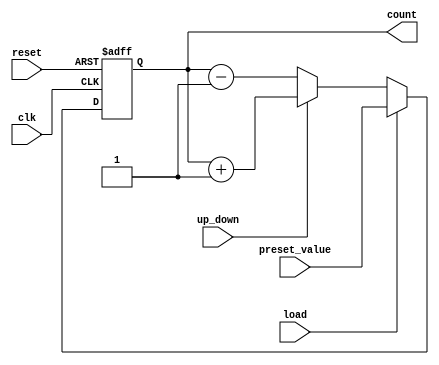
module async_counter #(
    parameter WIDTH = 4 // Define the bit width of the counter (default is 4 bits)
)(
    input wire clk,          // Clock input
    input wire reset,        // Asynchronous reset input
    input wire load,         // Load signal
    input wire up_down,      // Count direction: 1 for up, 0 for down
    input wire [WIDTH-1:0] preset_value, // Value to load into the counter
    output reg [WIDTH-1:0] count // Current count value
);

// Asynchronous reset and load functionality
always @(posedge clk or posedge reset) begin
    if (reset) begin
        count <= 0; // Reset the counter to 0
    end else if (load) begin
        count <= preset_value; // Load the preset value
    end else begin
        // Count up or down based on the up_down signal
        if (up_down) begin
            count <= count + 1; // Increment the count
        end else begin
            count <= count - 1; // Decrement the count
        end
    end
end

endmodule